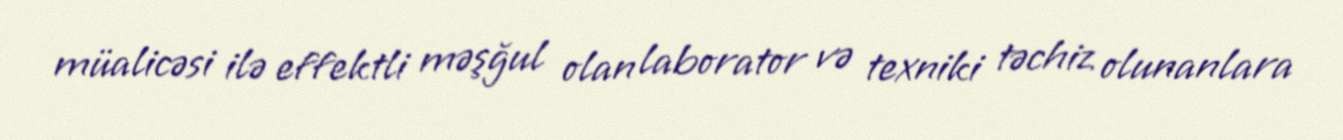
müalicəsi ilə effektli məşğul olan laborator və texniki təchiz olunanlara